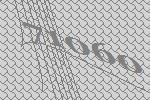
71060